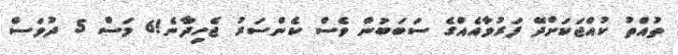
ތުއްތު ކުއްޖަކަށްދޭ ފަރުވާއެއްގެ ސަބަބުން ވެސް ކެންސަރު ޖެހިދާނެ!6 މަސް 5 ދުވަސް